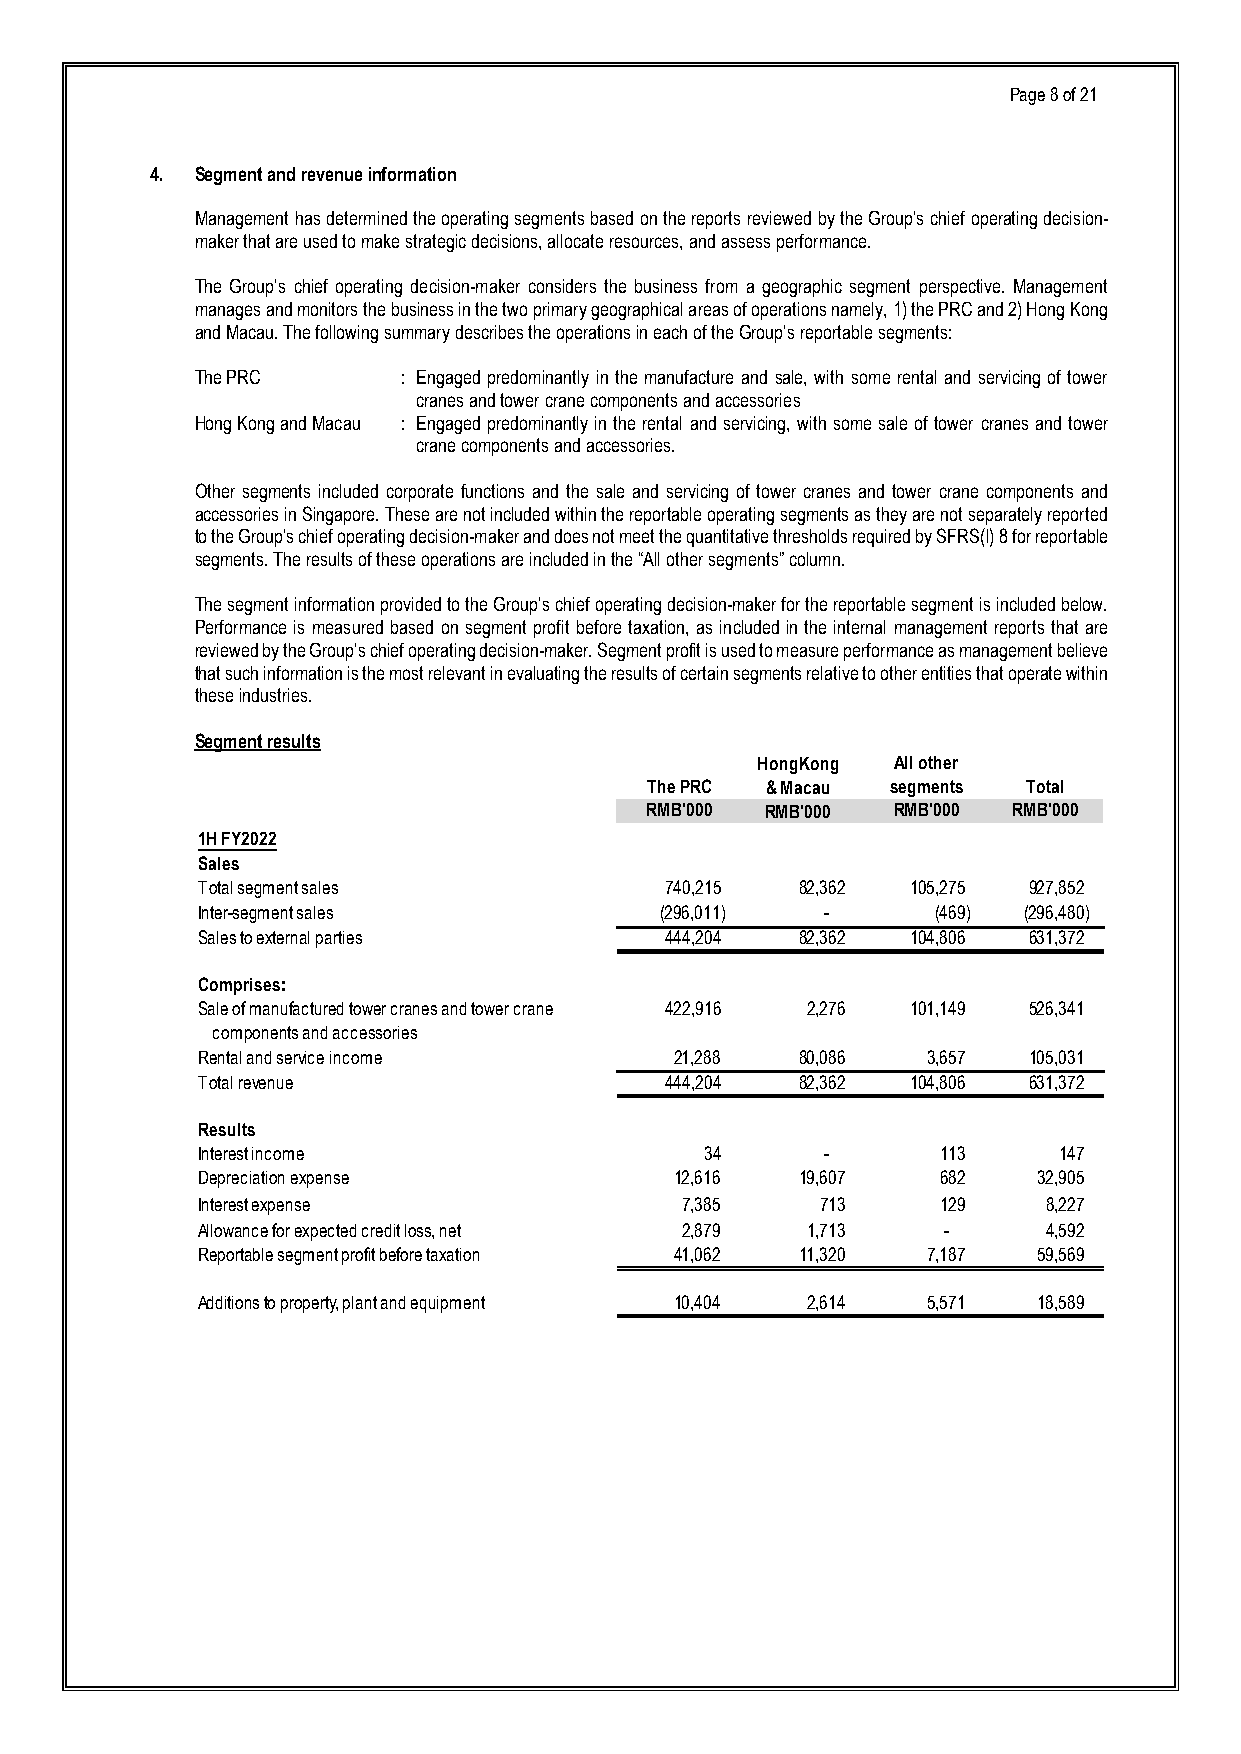
Page 8 of 21
 4. Segment and revenue information
 Management has determined the operating segments based on the reports reviewed by the Group’s chief operating decision-
 maker that are used to make strategic decisions, allocate resources, and assess performance.
 The Group’s chief operating decision-maker considers the business from a geographic segment perspective. Management
 manages and monitors the business in the two primary geographical areas of operations namely, 1) the PRC and 2) Hong Kong
 and Macau. The following summary describes the operations in each of the Group’s reportable segments:
 The PRC       : Engaged predominantly in the manufacture and sale, with some rental and servicing of tower
 cranes and tower crane components and accessories
 Hong Kong and Macau : Engaged predominantly in the rental and servicing, with some sale of tower cranes and tower
 crane components and accessories.
 Other segments included corporate functions and the sale and servicing of tower cranes and tower crane components and
 accessories in Singapore. These are not included within the reportable operating segments as they are not separately reported
 to the Group’s chief operating decision-maker and does not meet the quantitative thresholds required by SFRS(I) 8 for reportable
 segments. The results of these operations are included in the “All other segments” column.
 The segment information provided to the Group’s chief operating decision-maker for the reportable segment is included below.
 Performance is measured based on segment profit before taxation, as included in the internal management reports that are
 reviewed by the Group’s chief operating decision-maker. Segment profit is used to measure performance as management believe
 that such information is the most relevant in evaluating the results of certain segments relative to other entities that operate within
 these industries.
 Segment results
 HongKong All other
 The PRC & Macau segments Total
 RMB'000 RMB'000 RMB'000 RMB'000
 1H FY2022
 Sales
 Total segment sales            740,215  82,362 105,275 9 27,852
 Inter-segment sales            (296,011) -       ( 469) (296,480)
 Sales to external parties      444,204  82,362 104,806 6 31,372
 Comprises:
 Sale of manufactured tower cranes and tower crane 422,916 2 ,276 101,149 5 26,341
 components and accessories
 Rental and service income       2 1,288 80,086  3 ,657 1 05,031
 Total revenue                  444,204  82,362 104,806 6 31,372
 Results
 Interest income                   3 4    -       113     1 47
 Depreciation expense            1 2,616 19,607   682    32,905
 Interest expense                7,385    713     129    8,227
 Allowance for expected credit loss, net 2,879 1 ,713 -  4,592
 Reportable segment profit before taxation 4 1,062 11,320 7 ,187 59,569
 Additions to property, plant and equipment 1 0,404 2 ,614 5 ,571 18,589